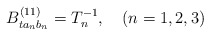
\begin{align*}B^{(11)}_{ta_nb_n}=T^{-1}_n, \ \ \ (n=1,2,3)\end{align*}